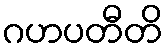
ဂဟပတီတိ